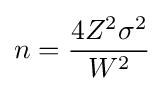
n={\frac {4Z^{2}\sigma ^{2}}{W^{2}}}